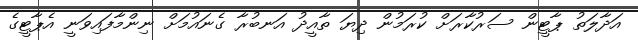
އަދާލަތު ޕާޓީން ސަރުކާރަށް ކުރަމުން ދިޔަ ތާއީދު އަނބުރާ ގެނައުމަށް ނިންމާފައިވަނީ އެޕާޓީގެ